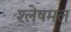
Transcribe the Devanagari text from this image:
श्लेषमल